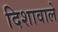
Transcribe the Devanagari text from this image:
दिशावाले